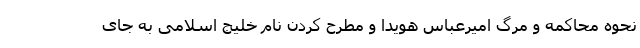
نحوه محاکمه و مرگ امیرعباس هویدا و مطرح کردن نام خلیج اسلامی به جای